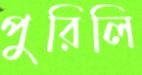
পুরিলি